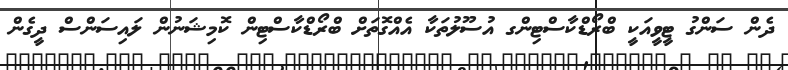
ދެން ސަންގު ޓީވީއަކީ ބްރޯޑްކާސްޓިންގ އުސޫލުތަކާ އެއްގޮތަށް ބްރޯޑްކާސްޓިން ކޮމިޝަނުން ލައިސަންސް ދީގެން